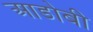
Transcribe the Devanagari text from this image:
आडोबी